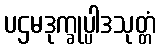
ပဌမဒုက္ခုပ္ပါဒသုတ္တံ